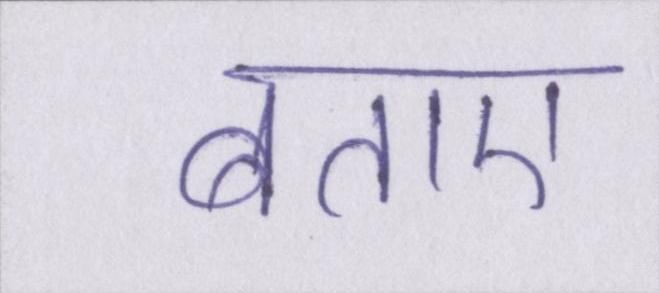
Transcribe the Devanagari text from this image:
बताए